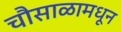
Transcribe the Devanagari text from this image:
चौसाळामधून